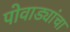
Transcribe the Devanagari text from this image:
पोवाड्यांचा